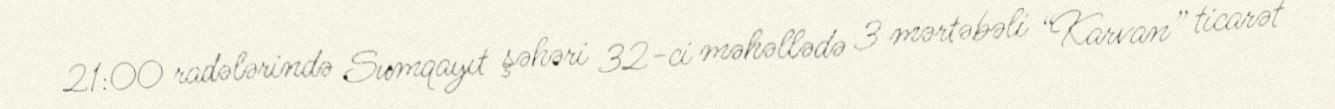
21:00 radələrində Sumqayıt şəhəri 32-ci məhəllədə 3 mərtəbəli “Karvan” ticarət